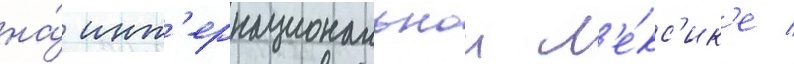
на́ инт'ернациональнои л'е́кс'ик'е /